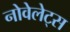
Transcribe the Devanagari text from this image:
नोवेलेट्स